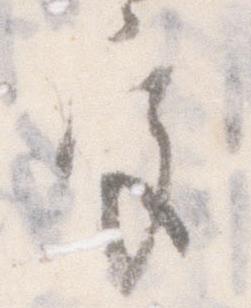
宮